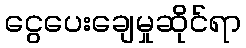
ငွေပေးချေမှုဆိုင်ရာ